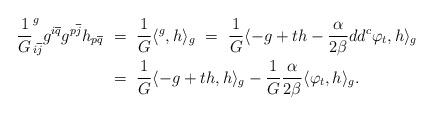
LaTeX: \begin{align*}\frac{1}{G} _{i\overline{j}}^{g}g^{i\overline{q}}g^{p\overline{j}}h_{p\overline{q}}&\ = \ \frac{1}{G}\langle^{g},h\rangle_{g} \ = \ \frac{1}{G}\langle-g+th-\frac{\alpha}{2\beta}dd^c \varphi_t, h\rangle_{g} \\&\ = \ \frac{1}{G}\langle-g+th, h\rangle_{g}-\frac{1}{G}\frac{\alpha}{2\beta}\langle \varphi_t, h\rangle_{g}.\end{align*}